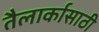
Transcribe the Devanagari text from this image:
तैलार्कासाठी